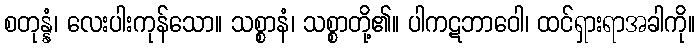
စတုန္နံ၊ လေးပါးကုန်သော။ သစ္စာနံ၊ သစ္စာတို့၏။ ပါကဋဘာဝေါ၊ ထင်ရှားရာအခါကို။